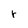
Character: r